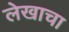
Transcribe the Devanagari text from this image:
लेेखाचा